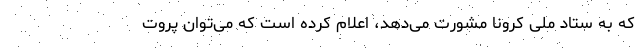
که به ستاد ملی کرونا مشورت می‌دهد، اعلام کرده است که می‌توان پروت